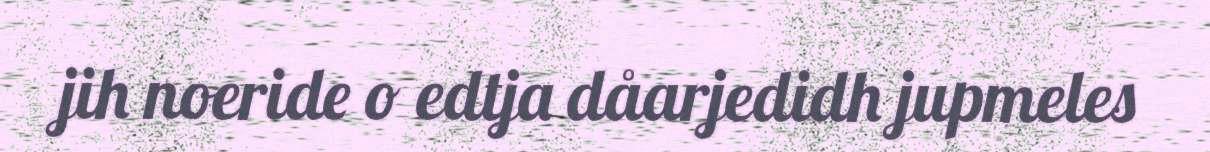
jih noeride o edtja dåarjedidh jupmeles